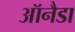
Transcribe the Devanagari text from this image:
ऑनैडा